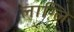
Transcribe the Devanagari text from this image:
लाग्लि